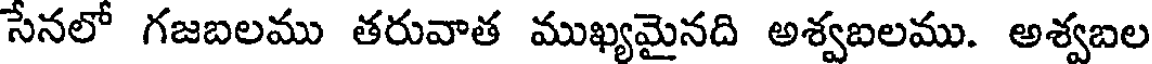
సేనలో గజబలము తరువాత ముఖ్యమైనది అశ్వబలము. అశ్వబల